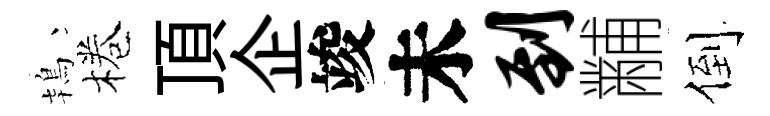
鴇棬頂企竣未到黼倒